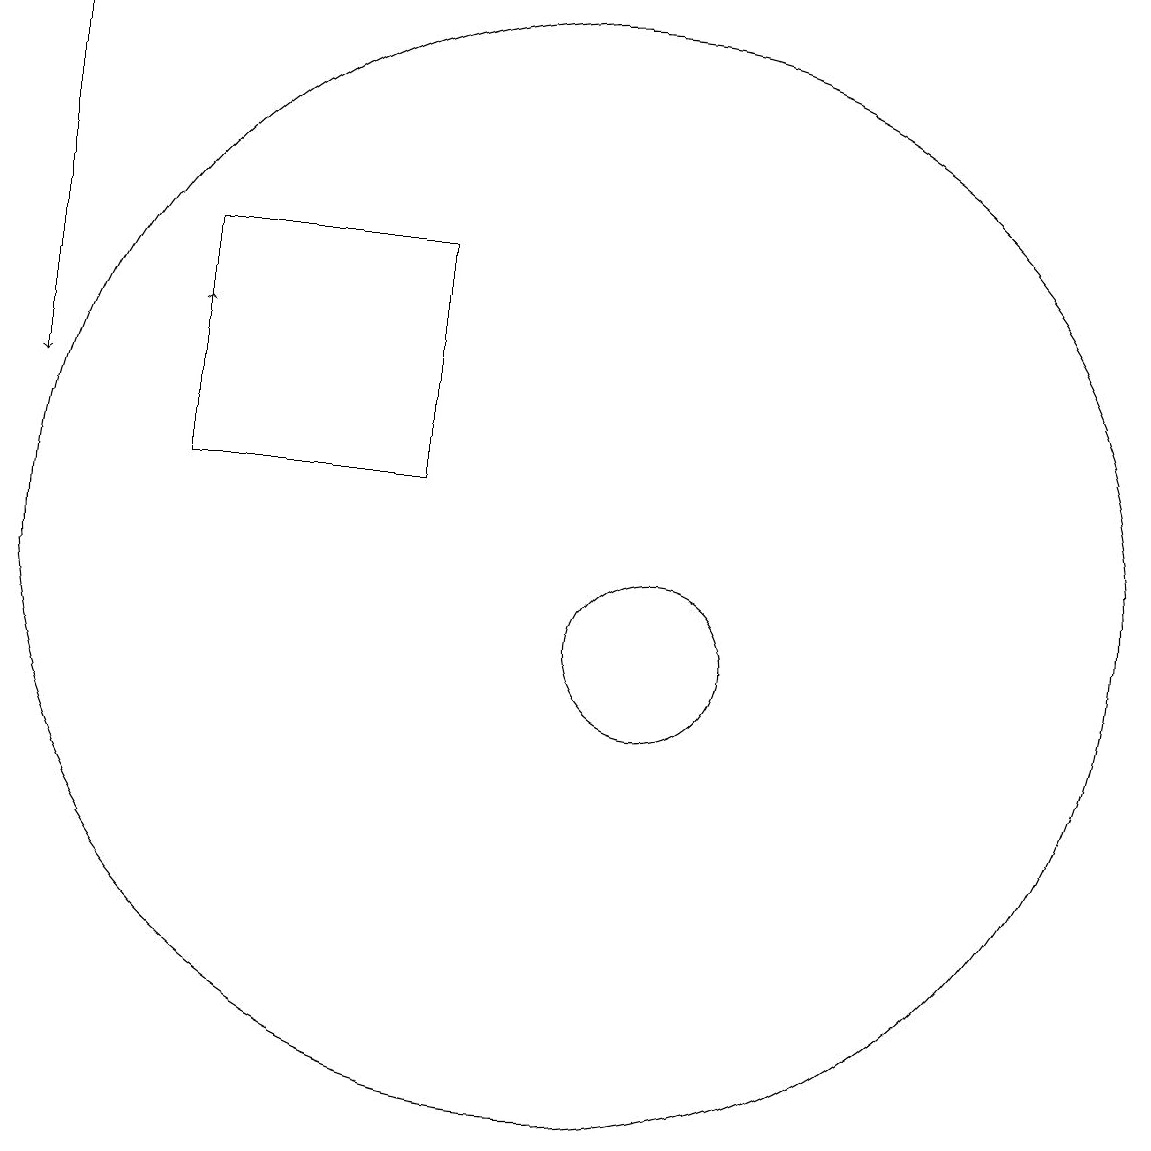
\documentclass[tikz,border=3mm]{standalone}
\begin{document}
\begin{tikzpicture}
\draw (11,12) circle (7);
\draw[->] (6,13) -- (6,15);
\draw[->] (4,19) -- (4,14);
\draw (12,11) circle (1);
\draw (6,13) rectangle (9,16);
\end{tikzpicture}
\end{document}